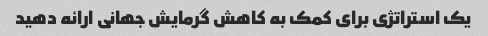
یک استراتژی برای کمک به کاهش گرمایش جهانی ارائه دهید